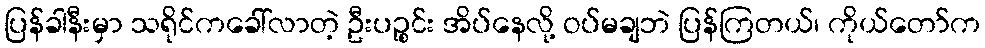
ပြန်ခါနီးမှာ သရိုင်ကခေါ်လာတဲ့ ဦးပဉ္စင်း အိပ်နေလို့ ဝပ်မချဘဲ ပြန်ကြတယ်၊ ကိုယ်တော်က